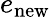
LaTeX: e_{\mathrm{new}}